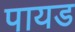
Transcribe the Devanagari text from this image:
पायड